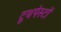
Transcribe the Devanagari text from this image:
टूथपेस्टों